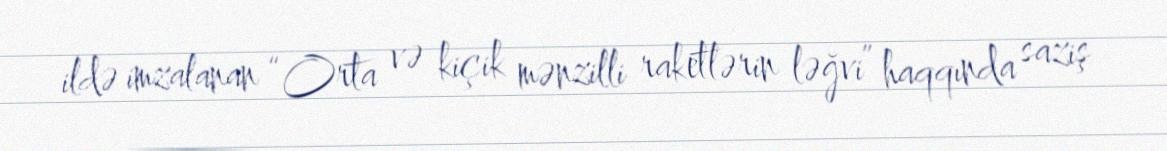
ildə imzalanan “Orta və kiçik mənzilli raketlərin ləğvi” haqqında saziş